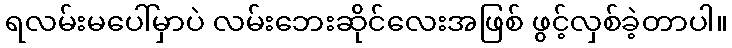
ရလမ်းမပေါ်မှာပဲ လမ်းဘေးဆိုင်လေးအဖြစ် ဖွင့်လှစ်ခဲ့တာပါ။